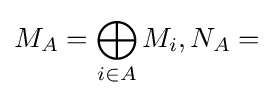
M_{A}=\bigoplus _{i\in A}M_{i},N_{A}=